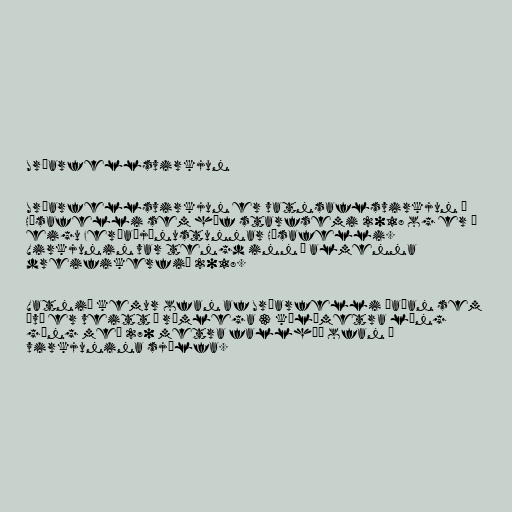
Urðarfellsvirkjun

Urðarfellsvirkjun er vatnsaflsvirkjun í
Húsafelli sem hóf starfsemi 2018 og er í
eigu Ferðaþjónustunnar Húsafelli.
Virkjunin var tengd inn á almenna
dreifikerfið 2018.

Vatnið kemur ofan af Urðarfelli þaðan sem
því er veitt í rúmlega 3 kílómetra löng
göng með 270 metra fallhæð ofan í
virkjunina sjálfa.